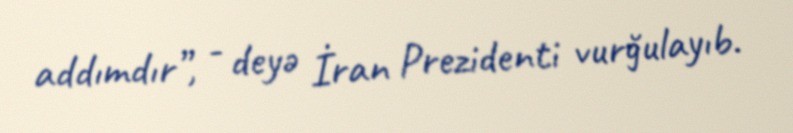
addımdır”, - deyə İran Prezidenti vurğulayıb.